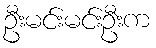
ဦးမင်းမင်းဦးက